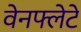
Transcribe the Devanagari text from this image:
वेनफ्लेटे